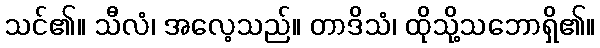
သင်၏။ သီလံ၊ အလေ့သည်။ တာဒိသံ၊ ထိုသို့သဘောရှိ၏။